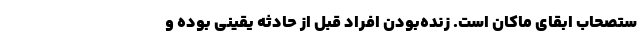
ستصحاب ابقای ماکان است. زنده‌بودن افراد قبل از حادثه یقینی بوده و